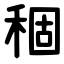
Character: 稒